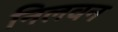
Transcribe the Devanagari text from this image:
निलवन